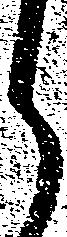
候